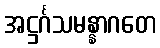
အဋ္ဌင်္ဂသမန္နာဂတေ